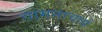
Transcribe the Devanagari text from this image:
वामनाचार्य